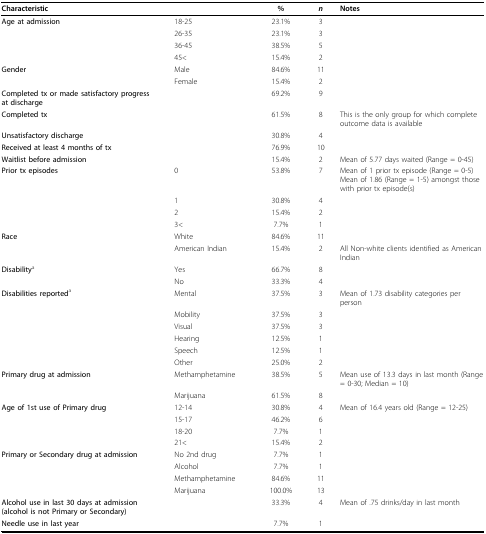
<table><thead><tr><td><b>Characteristic</b></td><td></td><td><b>%</b></td><td><b><i>n</i></b></td><td><b>Notes</b></td></tr></thead><tbody><tr><td><b>Age at admission</b></td><td>18-25</td><td>23.1%</td><td>3</td><td></td></tr><tr><td></td><td>26-35</td><td>23.1%</td><td>3</td><td></td></tr><tr><td></td><td>36-45</td><td>38.5%</td><td>5</td><td></td></tr><tr><td></td><td>45&lt;</td><td>15.4%</td><td>2</td><td></td></tr><tr><td><b>Gender</b></td><td>Male</td><td>84.6%</td><td>11</td><td></td></tr><tr><td></td><td>Female</td><td>15.4%</td><td>2</td><td></td></tr><tr><td><b>Completed tx or made satisfactory progress at discharge</b></td><td></td><td>69.2%</td><td>9</td><td></td></tr><tr><td><b>Completed tx</b></td><td></td><td>61.5%</td><td>8</td><td>This is the only group for which complete outcome data is available</td></tr><tr><td><b>Unsatisfactory discharge</b></td><td></td><td>30.8%</td><td>4</td><td></td></tr><tr><td><b>Received at least 4 months of tx</b></td><td></td><td>76.9%</td><td>10</td><td></td></tr><tr><td><b>Waitlist before admission</b></td><td></td><td>15.4%</td><td>2</td><td>Mean of 5.77 days waited (Range = 0-45)</td></tr><tr><td><b>Prior tx episodes</b></td><td>0</td><td>53.8%</td><td>7</td><td>Mean of 1 prior tx episode (Range = 0-5)Mean of 1.86 (Range = 1-5) amongst those with prior tx episode(s)</td></tr><tr><td></td><td>1</td><td>30.8%</td><td>4</td><td></td></tr><tr><td></td><td>2</td><td>15.4%</td><td>2</td><td></td></tr><tr><td></td><td>3&lt;</td><td>7.7%</td><td>1</td><td></td></tr><tr><td><b>Race</b></td><td>White</td><td>84.6%</td><td>11</td><td></td></tr><tr><td></td><td>American Indian</td><td>15.4%</td><td>2</td><td>All Non-white clients identified as American Indian</td></tr><tr><td><b>Disability</b><sup>a</sup></td><td>Yes</td><td>66.7%</td><td>8</td><td></td></tr><tr><td></td><td>No</td><td>33.3%</td><td>4</td><td></td></tr><tr><td><b>Disabilities reported</b><sup>a</sup></td><td>Mental</td><td>37.5%</td><td>3</td><td>Mean of 1.73 disability categories per person</td></tr><tr><td></td><td>Mobility</td><td>37.5%</td><td>3</td><td></td></tr><tr><td></td><td>Visual</td><td>37.5%</td><td>3</td><td></td></tr><tr><td></td><td>Hearing</td><td>12.5%</td><td>1</td><td></td></tr><tr><td></td><td>Speech</td><td>12.5%</td><td>1</td><td></td></tr><tr><td></td><td>Other</td><td>25.0%</td><td>2</td><td></td></tr><tr><td><b>Primary drug at admission</b></td><td>Methamphetamine</td><td>38.5%</td><td>5</td><td>Mean use of 13.3 days in last month (Range = 0-30; Median = 10)</td></tr><tr><td></td><td>Marijuana</td><td>61.5%</td><td>8</td><td></td></tr><tr><td><b>Age of 1st use of Primary drug</b></td><td>12-14</td><td>30.8%</td><td>4</td><td>Mean of 16.4 years old (Range = 12-25)</td></tr><tr><td></td><td>15-17</td><td>46.2%</td><td>6</td><td></td></tr><tr><td></td><td>18-20</td><td>7.7%</td><td>1</td><td></td></tr><tr><td></td><td>21&lt;</td><td>15.4%</td><td>2</td><td></td></tr><tr><td><b>Primary or Secondary drug at admission</b></td><td>No 2nd drug</td><td>7.7%</td><td>1</td><td></td></tr><tr><td></td><td>Alcohol</td><td>7.7%</td><td>1</td><td></td></tr><tr><td></td><td>Methamphetamine</td><td>84.6%</td><td>11</td><td></td></tr><tr><td></td><td>Marijuana</td><td>100.0%</td><td>13</td><td></td></tr><tr><td><b>Alcohol use in last 30 days at admission (alcohol is not Primary or Secondary)</b></td><td></td><td>33.3%</td><td>4</td><td>Mean of .75 drinks/day in last month</td></tr><tr><td><b>Needle use in last year</b></td><td></td><td>7.7%</td><td>1</td><td></td></tr></tbody></table>